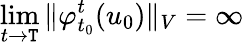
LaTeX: \operatorname*{lim}_{t\to\mathtt{T}}\Vert\varphi_{t_{0}}^{t}(u_{0})\Vert_{V}=\infty